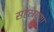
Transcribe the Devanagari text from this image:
सहस्रगुणा